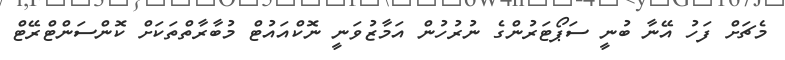
މެޗަށް ފަހު އޭނާ ބުނީ ސަޕޯޓަރުންގެ ނުރުހުން އަމާޒުވަނީ ނޮކްއައުޓް މުބާރާތްތަކަށް ކޮންސަންޓްރޭޓް